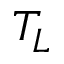
T _ { L }